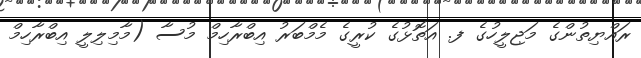
ރައްޔިތުންގެ މަޖިލީހުގެ ފ. އަތޮޅުގެ ކުރީގެ މެމްބަރު އިބްރާހިމް މުސާ (މާމިލިލީ އިބްރާހިމް